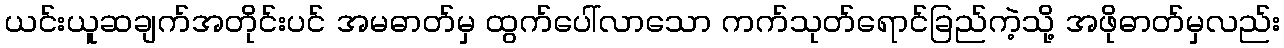
ယင်းယူဆချက်အတိုင်းပင် အမဓာတ်မှ ထွက်ပေါ်လာသော ကက်သုတ်ရောင်ခြည်ကဲ့သို့ အဖိုဓာတ်မှလည်း